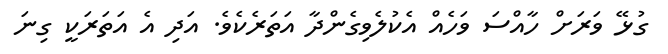
ގުޅޭ ވަރަށް ހާއްސަ ވަހެއް އެކުލެވިގެންދާ އަތަރެކެވެ. އަދި އެ އަތަރަކީ ގިނަ